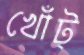
খোঁট্‌